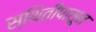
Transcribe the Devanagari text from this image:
स्थितीपासून